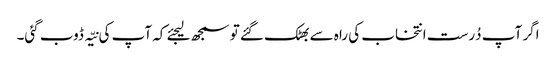
اگر آپ دُرست انتخاب کی راہ سے بھٹک گئے تو سمجھ لیجئے کہ آپ کی نیّہ ڈوب گئی۔